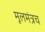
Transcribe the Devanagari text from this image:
मूलमंत्रच